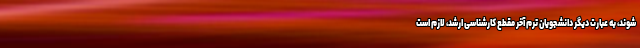
شوند، به عبارت دیگر دانشجویان ترم آخر مقطع کارشناسی ارشد، لازم است